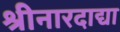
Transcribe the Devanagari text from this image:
श्रीनारदाद्या